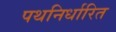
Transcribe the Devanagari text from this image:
पथनिर्धारित